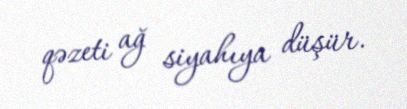
qəzeti ağ siyahıya düşür.